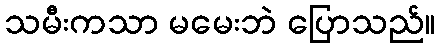
သမီးကသာ မမေးဘဲ ပြောသည်။